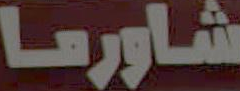
شاورما